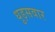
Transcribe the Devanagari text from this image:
धुड़सवार